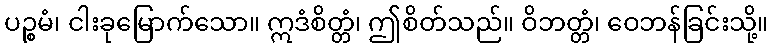
ပဉ္စမံ၊ ငါးခုမြောက်သော။ ဣဒံစိတ္တံ၊ ဤစိတ်သည်။ ဝိဘတ္တံ၊ ဝေဘန်ခြင်းသို့။